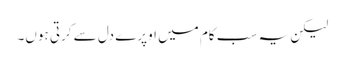
لیکن یہ سب کام میں اوپرے دل سے کرتی ہوں۔